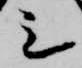
シ